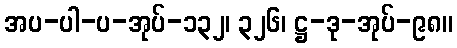
အပ-ပါ-ပ-အုပ်-၁၃၂၊ ၃၂၆၊ ဋ္ဌ-ဒု-အုပ်-၉၈။